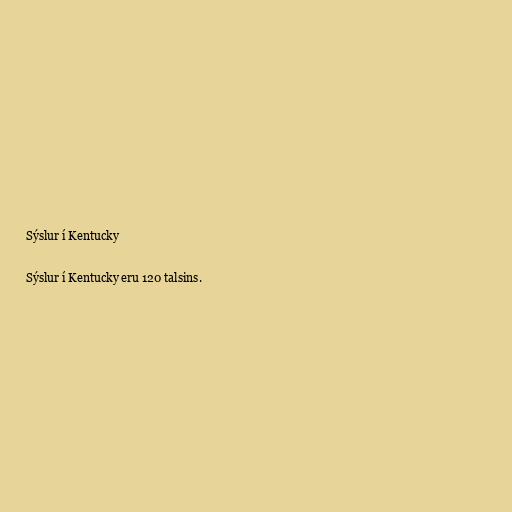
Sýslur í Kentucky

Sýslur í Kentucky eru 120 talsins.